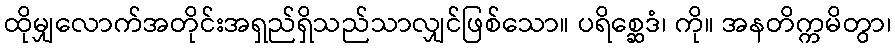
ထိုမျှလောက်အတိုင်းအရှည်ရှိသည်သာလျှင်ဖြစ်သော။ ပရိစ္ဆေဒံ၊ ကို။ အနတိက္ကမိတွာ၊